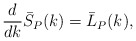
\begin{align*} \begin{aligned}\frac{d}{dk}\bar{S}_P(k)=\bar{L}_P(k), \end{aligned} \end{align*}